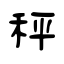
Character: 秤